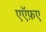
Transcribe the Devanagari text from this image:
एऍफ़ए